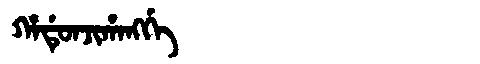
Manchu: ᡥᠠᡩᡠᠨᠵᡳᡥᠠᠩᡤᡝ
Romanization: HADUNJIHANGGE